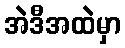
အဲဒီအထဲမှာ